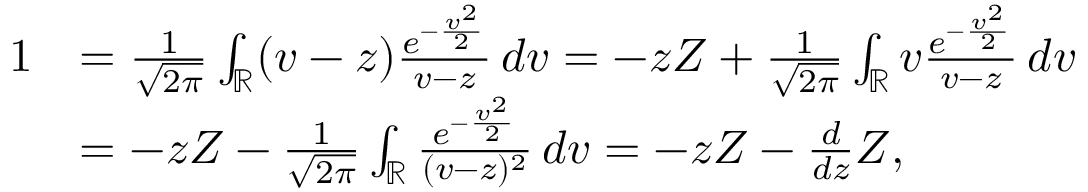
\begin{array} { r l } { 1 } & { = \frac { 1 } { \sqrt { 2 \pi } } \int _ { \mathbb { R } } ( v - z ) \frac { e ^ { - \frac { v ^ { 2 } } { 2 } } } { v - z } \, d v = - z Z + \frac { 1 } { \sqrt { 2 \pi } } \int _ { \mathbb { R } } v \frac { e ^ { - \frac { v ^ { 2 } } { 2 } } } { v - z } \, d v } \\ & { = - z Z - \frac { 1 } { \sqrt { 2 \pi } } \int _ { \mathbb { R } } \frac { e ^ { - \frac { v ^ { 2 } } { 2 } } } { ( v - z ) ^ { 2 } } \, d v = - z Z - \frac { d } { d z } Z , } \end{array}